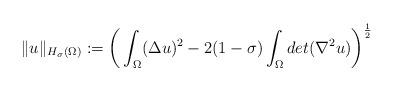
LaTeX: \begin{align*}\|u\|_{H_\sigma(\Omega)}:=\bigg(\int_\Omega(\Delta u)^2 - 2(1-\sigma)\int_\Omega det(\nabla^2u)\bigg)^{\frac{1}{2}}\end{align*}